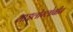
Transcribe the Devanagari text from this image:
माइलोग्लोबीन